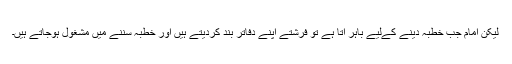
لیکن امام جب خطبہ دینے کےلیے باہر آتا ہے تو فرشتے اپنے دفاتر بند کردیتے ہیں اور خطبہ سننے میں مشغول ہوجاتے ہیں۔